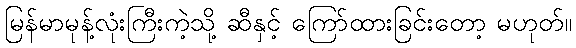
မြန်မာမုန့်လုံးကြီးကဲ့သို့ ဆီနှင့် ကြော်ထားခြင်းတော့ မဟုတ်။